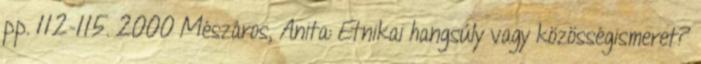
pp. 112-115. 2000 Mészáros, Anita: Etnikai hangsúly vagy közösségismeret?